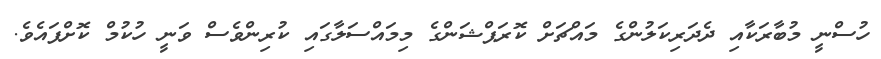
ހުސްނީ މުބާރަކާއި ދެދަރިކަލުންގެ މައްޗަށް ކޮރަޕްޝަންގެ މިމައްސަލާގައި ކުރިންވެސް ވަނީ ހުކުމް ކޮށްފައެވެ.